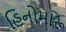
હિનોમારૂ